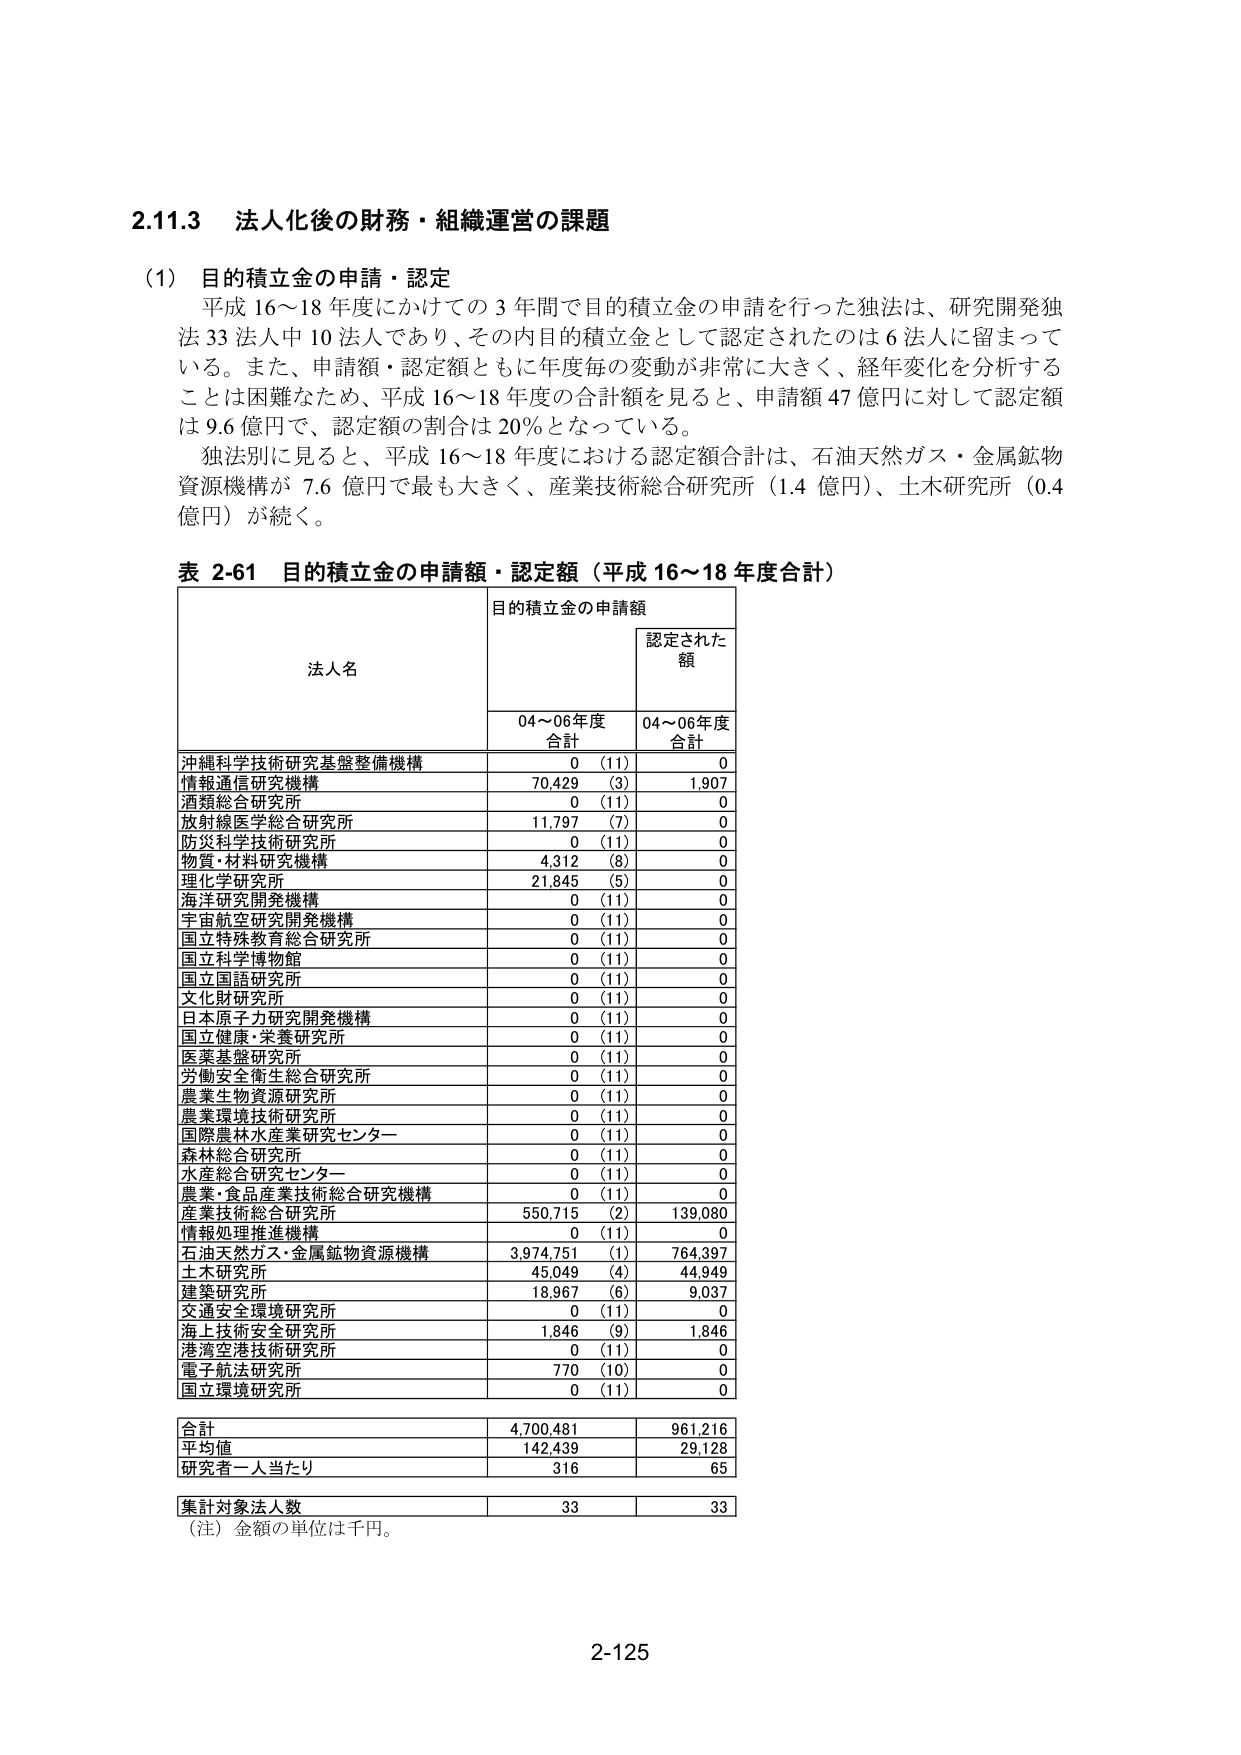
2.11.3 法人化後の財務・組織運営の課題

(1) 目的積立金の申請・認定
平成 16～18 年度にかけての 3 年間で目的積立金の申請を行った独法は、研究開発独法 33 法人中 10 法人であり、その内目的積立金として認定されたのは 6 法人に留まっている。また、申請額・認定額ともに年度毎の変動が非常に大きく、経年変化を分析することは困難なため、平成 16～18 年度の合計額を見ると、申請額 47 億円に対して認定額は 9.6 億円で、認定額の割合は 20％となっている。
独法別に見ると、平成 16～18 年度における認定額合計は、石油天然ガス・金属鉱物資源機構が 7.6 億円で最も大きく、産業技術総合研究所（1.4 億円）、土木研究所（0.4 億円）が続く。

表 2-61 目的積立金の申請額・認定額（平成 16～18 年度合計）
法人名 目的積立金の申請額 認定された額
04～06年度合計 04～06年度合計
沖縄科学技術研究基盤整備機構 0 (11) 0
情報通信研究機構 70,429 (3) 1,907
酒類総合研究所 0 (11) 0
放射線医学総合研究所 11,797 (7) 0
防災科学技術研究所 0 (11) 0
物質・材料研究機構 4,312 (8) 0
理化学研究所 21,845 (5) 0
海洋研究開発機構 0 (11) 0
宇宙航空研究開発機構 0 (11) 0
国立特殊教育総合研究所 0 (11) 0
国立科学博物館 0 (11) 0
国立国語研究所 0 (11) 0
文化財研究所 0 (11) 0
日本原子力研究開発機構 0 (11) 0
国立健康・栄養研究所 0 (11) 0
医薬基盤研究所 0 (11) 0
労働安全衛生総合研究所 0 (11) 0
農業生物資源研究所 0 (11) 0
農業環境技術研究所 0 (11) 0
国際農林水産業研究センター 0 (11) 0
森林総合研究所 0 (11) 0
水産総合研究センター 0 (11) 0
農業・食品産業技術総合研究機構 0 (11) 0
産業技術総合研究所 550,715 (2) 139,080
情報処理推進機構 0 (11) 0
石油天然ガス・金属鉱物資源機構 3,974,751 (1) 764,397
土木研究所 45,049 (4) 44,949
建築研究所 18,967 (6) 9,037
交通安全環境研究所 0 (11) 0
海上技術安全研究所 1,846 (9) 1,846
港湾空港技術研究所 0 (11) 0
電子航法研究所 770 (10) 0
国立環境研究所 0 (11) 0
合計 4,700,481 961,216
平均値 142,439 29,128
研究者一人当たり 316 65
集計対象法人数 33 33
（注）金額の単位は千円。

2-125